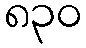
၈၃၀